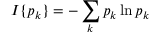
I \{ p _ { k } \} = - \sum _ { k } p _ { k } \ln p _ { k }